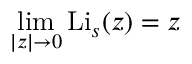
\operatorname* { l i m } _ { | z | \to 0 } \operatorname { L i } _ { s } ( z ) = z